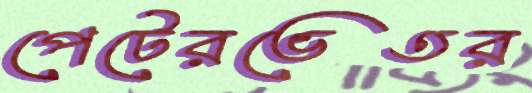
পেটেরভেতর